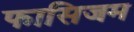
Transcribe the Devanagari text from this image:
फासिजम